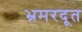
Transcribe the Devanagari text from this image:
भ्रमरदूत